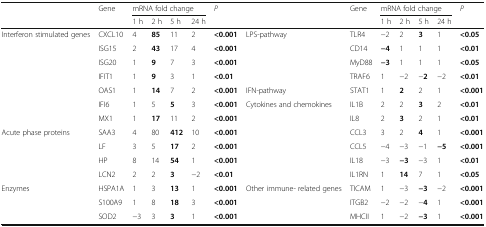
<table><thead><tr><td rowspan="2"></td><td rowspan="2"><b>Gene</b></td><td colspan="4"><b>mRNA fold change</b></td><td rowspan="2"><b><i>P</i></b></td><td rowspan="2"></td><td rowspan="2"><b>Gene</b></td><td colspan="4"><b>mRNA fold change</b></td><td rowspan="2"><b><i>P</i></b></td></tr><tr><td><b>1 h</b></td><td><b>2 h</b></td><td><b>5 h</b></td><td><b>24 h</b></td><td><b>1 h</b></td><td><b>2 h</b></td><td><b>5 h</b></td><td><b>24 h</b></td></tr></thead><tbody><tr><td rowspan="7">Interferon stimulated genes</td><td>CXCL10</td><td>4</td><td><b>85</b></td><td>11</td><td>2</td><td><b>&lt;0.001</b></td><td rowspan="4">LPS-pathway</td><td>TLR4</td><td>−2</td><td>2</td><td><b>3</b></td><td>1</td><td><b>&lt;0.05</b></td></tr><tr><td>ISG15</td><td>2</td><td><b>43</b></td><td>17</td><td>4</td><td><b>&lt;0.001</b></td><td>CD14</td><td><b>−4</b></td><td>1</td><td>1</td><td>1</td><td><b>&lt;0.01</b></td></tr><tr><td>ISG20</td><td>1</td><td><b>9</b></td><td>7</td><td>3</td><td><b>&lt;0.001</b></td><td>MyD88</td><td><b>−3</b></td><td>1</td><td>1</td><td>1</td><td><b>&lt;0.05</b></td></tr><tr><td>IFIT1</td><td>1</td><td><b>9</b></td><td>3</td><td>1</td><td><b>&lt;0.01</b></td><td>TRAF6</td><td>1</td><td>−2</td><td>−<b>2</b></td><td>−2</td><td><b>&lt;0.01</b></td></tr><tr><td>OAS1</td><td>1</td><td><b>14</b></td><td>7</td><td>2</td><td><b>&lt;0.001</b></td><td>IFN-pathway</td><td>STAT1</td><td>1</td><td><b>2</b></td><td>2</td><td>1</td><td><b>&lt;0.001</b></td></tr><tr><td>IFI6</td><td>1</td><td>5</td><td><b>5</b></td><td>3</td><td><b>&lt;0.001</b></td><td rowspan="6">Cytokines and chemokines</td><td>IL1B</td><td>2</td><td>2</td><td><b>3</b></td><td>2</td><td><b>&lt;0.01</b></td></tr><tr><td>MX1</td><td>1</td><td><b>17</b></td><td>11</td><td>2</td><td><b>&lt;0.001</b></td><td>IL8</td><td>2</td><td><b>3</b></td><td>2</td><td>1</td><td><b>&lt;0.01</b></td></tr><tr><td rowspan="4">Acute phase proteins</td><td>SAA3</td><td>4</td><td>80</td><td><b>412</b></td><td>10</td><td><b>&lt;0.001</b></td><td>CCL3</td><td>3</td><td>2</td><td><b>4</b></td><td>1</td><td><b>&lt;0.001</b></td></tr><tr><td>LF</td><td>3</td><td>5</td><td><b>17</b></td><td>2</td><td><b>&lt;0.001</b></td><td>CCL5</td><td>−4</td><td>−3</td><td>−1</td><td><b>−5</b></td><td><b>&lt;0.001</b></td></tr><tr><td>HP</td><td>8</td><td>14</td><td><b>54</b></td><td>1</td><td><b>&lt;0.001</b></td><td>IL18</td><td>−3</td><td><b>−3</b></td><td>−3</td><td>1</td><td><b>&lt;0.01</b></td></tr><tr><td>LCN2</td><td>2</td><td>2</td><td><b>3</b></td><td>−2</td><td><b>&lt;0.01</b></td><td>IL1RN</td><td>1</td><td><b>14</b></td><td>7</td><td>1</td><td><b>&lt;0.05</b></td></tr><tr><td rowspan="3">Enzymes</td><td>HSPA1A</td><td>1</td><td>3</td><td><b>13</b></td><td>1</td><td><b>&lt;0.001</b></td><td rowspan="3">Other immune- related genes</td><td>TICAM</td><td>1</td><td>−3</td><td><b>−3</b></td><td>−2</td><td><b>&lt;0.001</b></td></tr><tr><td>S100A9</td><td>1</td><td>8</td><td><b>18</b></td><td>3</td><td><b>&lt;0.001</b></td><td>ITGB2</td><td>−2</td><td>−2</td><td>−<b>4</b></td><td>1</td><td><b>&lt;0.001</b></td></tr><tr><td>SOD2</td><td>−3</td><td>3</td><td><b>3</b></td><td>1</td><td><b>&lt;0.001</b></td><td>MHCII</td><td>1</td><td>−2</td><td><b>−3</b></td><td>1</td><td><b>&lt;0.001</b></td></tr></tbody></table>